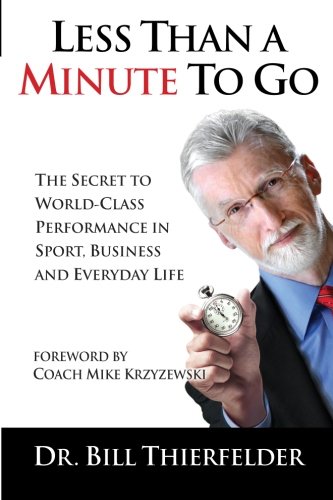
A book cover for Less Than a Minute to Go: The Secret to World-Class Performance in Sport, Business and Everyday Life; Dr. Bill Thierfelder; Christian Books & Bibles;